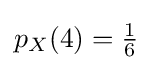
{\textstyle p_{X}(4)={\frac {1}{6}}}